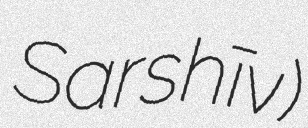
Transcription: Sarshīv)